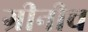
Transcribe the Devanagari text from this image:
ग्रीनीच